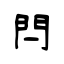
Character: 閂